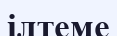
ілтеме